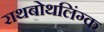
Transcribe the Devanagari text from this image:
राथबोथलिंग्क